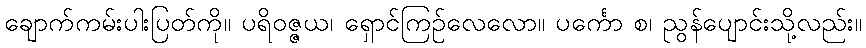
ချောက်ကမ်းပါးပြတ်ကို။ ပရိဝဇ္ဇယ၊ ရှောင်ကြဉ်လေလော။ ပင်္ကော စ၊ ညွန်ပျောင်းသို့လည်း။